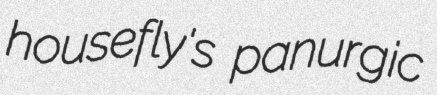
housefly's panurgic